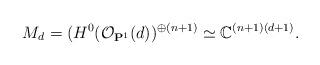
LaTeX: \begin{align*}M_d=( H^0(\mathcal O_{\mathbf P^1}(d))^{\oplus (n+1)}\simeq \mathbb C^{(n+1)(d+1)}.\end{align*}